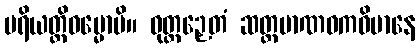
ပရိယတ္တိဓမ္မောပိ။ ဝုတ္တဉှေတံ ဆတ္တမာဏဝကဝိမာနေ